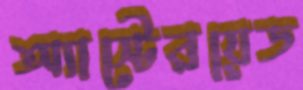
অ্যাস্টেরয়েড